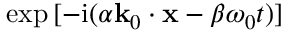
\exp { [ - \mathrm { i } ( \alpha \mathbf { k } _ { 0 } \cdot \mathbf { x } - \beta \omega _ { 0 } t ) ] }